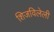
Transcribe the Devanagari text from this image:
शिजविलेली